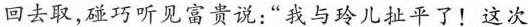
回去取,碰巧听见富贵说:”我与玲儿扯平了!这次